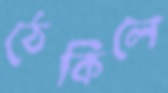
ঠেকিলে